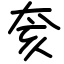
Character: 奒